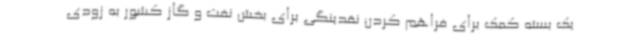
یک بسته کمک برای فراهم کردن نقدینگی برای بخش نفت و گاز کشور به زودی